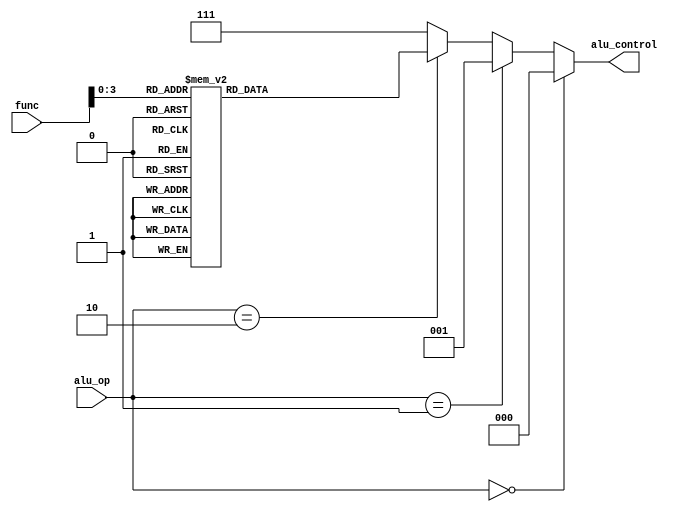
`timescale 1ns / 1ps
//////////////////////////////////////////////////////////////////////////////////
// Company: 
// Engineer: 
// 
// Design Name: 
// Module Name:    alu_control 
// Project Name: 
// Target Devices: 
// Tool versions: 
// Description: 
//
// Dependencies: 
//
// Revision: 
// Revision 0.01 - File Created
// Additional Comments: 
//
//////////////////////////////////////////////////////////////////////////////////
module alu_ctrl(
    input [1:0] alu_op,
    input [10:0] func,
    output reg[2:0] alu_control
    );

	reg [3:0] fn;
	always @(*)
	begin
		if(alu_op==2'b00)
			alu_control = 3'b000;
		else if(alu_op==2'b01)
			alu_control = 3'b001;
		else if(alu_op==2'b10)
		begin
			fn = func[3:0];
			alu_control=3'b000;
			case(fn)
				4'b0000: alu_control = 3'b000;
				4'b0001: alu_control = 3'b001;
				4'b0010: alu_control = 3'b010;
				4'b0011: alu_control = 3'b011;
				4'b0100: alu_control = 3'b100;
				4'b0101: alu_control = 3'b101;
				4'b0110: alu_control = 3'b100;
				4'b0111: alu_control = 3'b101;
				4'b1000: alu_control = 3'b110;
				4'b1001: alu_control = 3'b110;
			endcase
		end
		else
			alu_control = 3'b111;
	end

endmodule